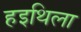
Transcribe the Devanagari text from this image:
हइथिला